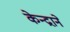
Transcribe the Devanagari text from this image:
केन्द्राने